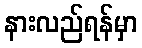
နားလည်ရန်မှာ